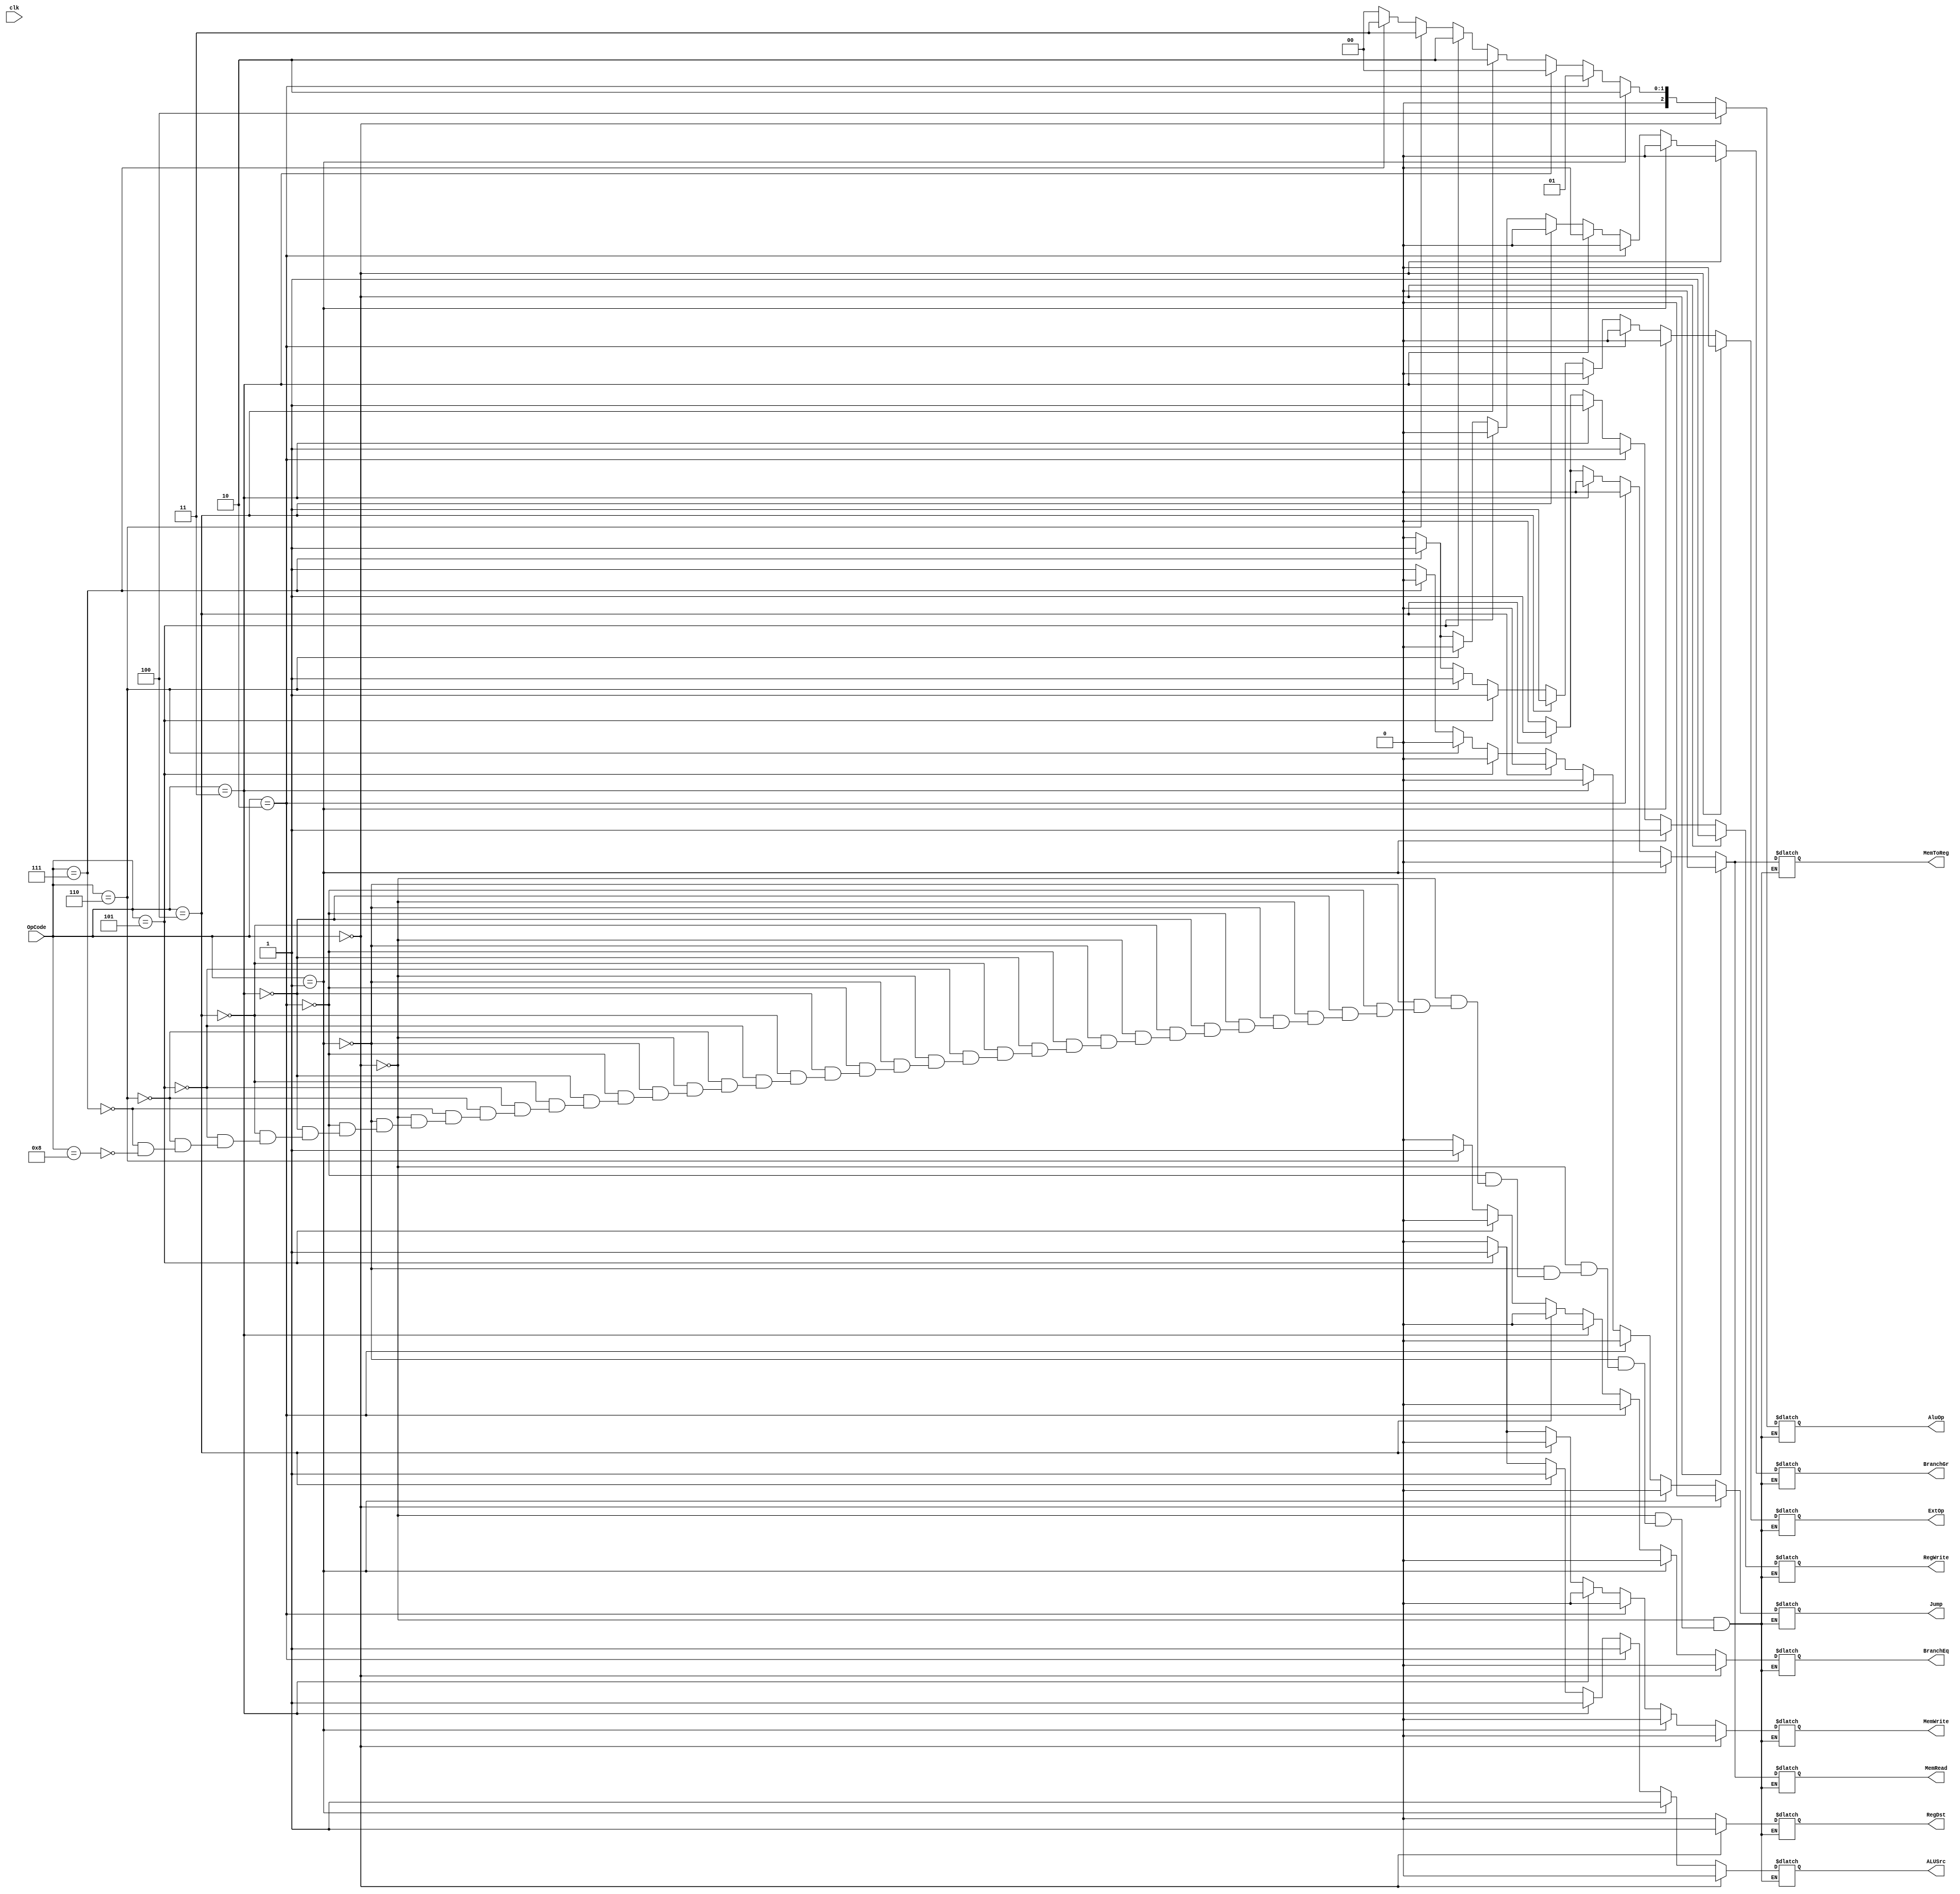
`timescale 1ns / 1ps
//////////////////////////////////////////////////////////////////////////////////
// Company: 
// Engineer: 
// 
// Design Name: 
// Module Name:    cu 
// Project Name: 
// Target Devices: 
// Tool versions: 
// Description: 
//
// Dependencies: 
//
// Revision: 
// Revision 0.01 - File Created
// Additional Comments: 
//
//////////////////////////////////////////////////////////////////////////////////
module controlUnit(OpCode, RegDst, ALUSrc, MemToReg, RegWrite, MemWrite, MemRead, BranchEq, BranchGr, Jump, ExtOp, AluOp, clk
    );
    input[5:0] OpCode;
    input clk;
    output reg RegDst;
    output reg ALUSrc;
    output reg MemToReg;
    output reg RegWrite;
    output reg MemWrite;
    output reg MemRead;
    output reg BranchEq;
    output reg BranchGr;
    output reg Jump;
    output reg ExtOp;
    output reg[2:0] AluOp;

    always @(clk)
        begin

        //R-Type
        if(OpCode == 6'b000000)
        begin
            RegDst = 1;
            ALUSrc = 0;
            MemToReg = 0;
            RegWrite = 1;
            MemWrite = 0;
            MemRead = 0;
            BranchEq = 0;
            BranchGr = 0;
            Jump = 0;
            ExtOp = 0;
            AluOp=4;
                

        end
        
        //addi
       else if(OpCode == 6'b 000001)
        begin
            RegDst = 0;
            ALUSrc = 1;
            MemToReg = 0;
            RegWrite = 1;
            MemWrite = 0;
            MemRead = 0;
            BranchEq = 0;
            BranchGr = 0;
            Jump = 0;
            ExtOp = 0;
            AluOp=2;
                
        end

        //ori
        else if(OpCode == 6'b 000010)
        begin
            RegDst = 0;
            ALUSrc = 1;
            MemToReg = 0;
            RegWrite = 1;
            MemWrite = 0;
            MemRead = 0;
            BranchEq = 0;
            BranchGr = 0;
            Jump = 0;
            ExtOp = 0;
            AluOp = 1;
                
        end
        
        //andi
      else  if(OpCode == 6'b000011)
        begin
            RegDst = 0;
            ALUSrc = 1;
            MemToReg = 0;
            RegWrite = 1;
            MemWrite = 0;
            MemRead = 0;
            BranchEq = 0;
            BranchGr = 0;
            Jump = 0;
            ExtOp = 0;
            AluOp = 0;
        end
        
        //lw
       else if(OpCode == 6'b 000100)
        begin
            RegDst = 0;
            ALUSrc = 1;
            MemToReg = 1;
            RegWrite = 1;
            MemWrite = 0;
            MemRead = 1;
            BranchEq = 0;
            BranchGr = 0;
            Jump = 0;
            ExtOp = 1;
            AluOp=2;
                
        end
        
        //sw
       else if(OpCode == 6'b000101)
        begin
            RegDst = 0;
            ALUSrc = 1;
            MemToReg = 0;
            RegWrite = 0;
            MemWrite = 1;
            MemRead = 0;
            BranchEq = 0;
            BranchGr = 0;
            Jump = 0;
            ExtOp = 1;
            AluOp = 2;
        end
        
        //beq
       else if(OpCode == 6'b 000110)
        begin
            RegDst = 0;
            ALUSrc = 0;
            MemToReg = 0;
            RegWrite = 0;
            MemWrite = 0;
            MemRead = 0;
            BranchEq = 1;
            BranchGr = 0;
            Jump = 0;
            ExtOp = 1;
            AluOp=3;
                
        end
        
        //bgt
       else if(OpCode == 6'b 000111)
        begin
            RegDst = 0;
            ALUSrc = 0;
            MemToReg = 0;
            RegWrite = 0;
            MemWrite = 0;
            MemRead = 0;
            BranchEq = 0;
            BranchGr = 1;
            Jump = 0;
            ExtOp = 1;
            AluOp=3;
            
        end
        
        //jump
       else if(OpCode == 6'b001000)
        begin
            RegDst = 0;
            ALUSrc = 0;
            MemToReg = 0;
            RegWrite = 0;
            MemWrite = 0;
            MemRead = 0;
            BranchEq = 0;
            BranchGr = 0;
            Jump = 1;
            ExtOp = 0;
            AluOp = 0;
        end
        
    end

endmodule